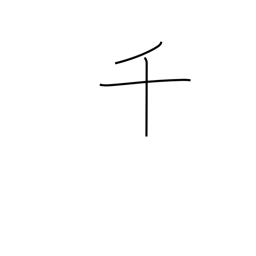
Meaning: thousand